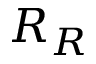
R _ { R }